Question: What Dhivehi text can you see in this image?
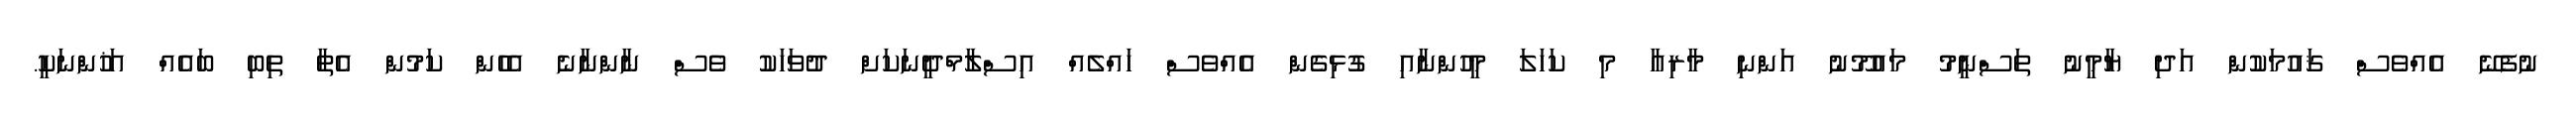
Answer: ނުފެނޭ އެއްވެސް ޤައުމަކުން އަދި ޔާމީނު ތަސްނީމު މައުމޫނު އަންނި މާރިއާ މި ކަހަލަ މީހުންނާއި ގުޅިގެން އެއްވެސް ހައްލެއް އިސްލާމްދީނަކަށް ދުވަހަކު ވެސް ނާންނާނެ އެހެން ކަމުން އެތާ ތިބި ބައެއް އަޚުންނަކީ.